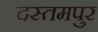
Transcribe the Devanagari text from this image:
दस्तमपुर